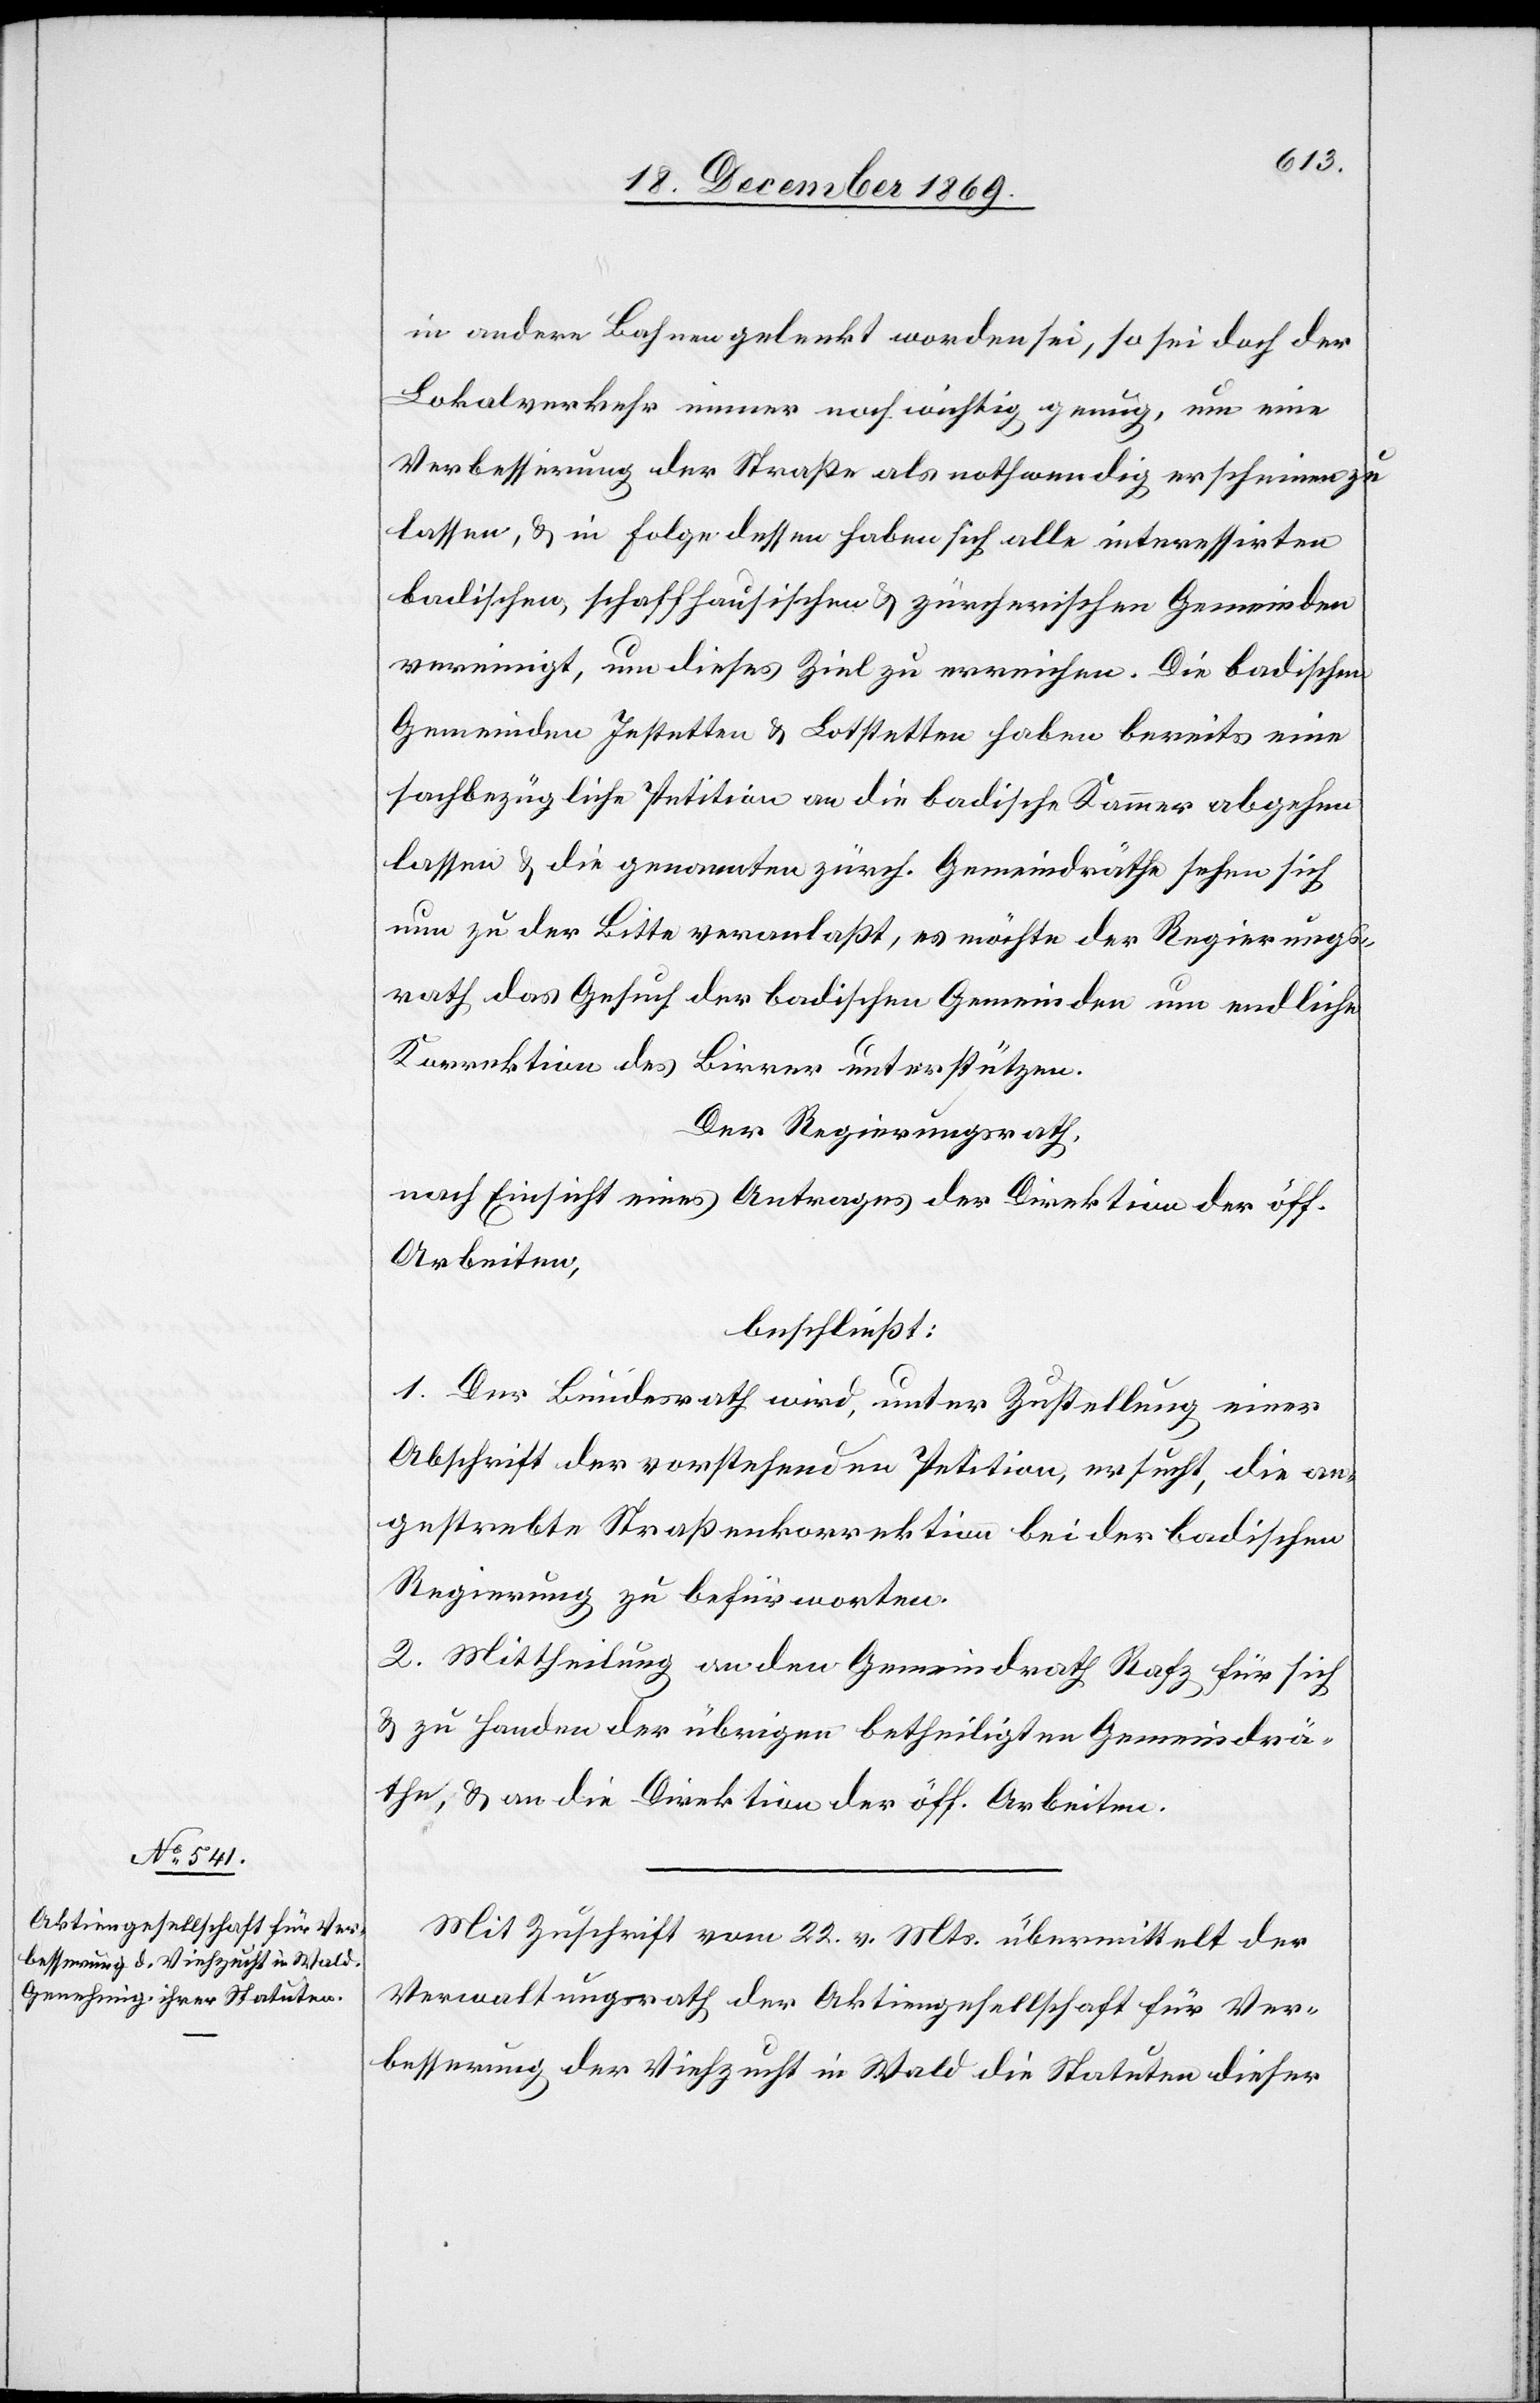
in andere Bahnen gelenkt worden sei, so sei doch der
Lokalverkehr immer noch wichtig genug, um eine
Verbesserung der Straße als nothwendig erscheinen zu
lassen, & in Folge dessen haben sich alle interessirten
badischen, schaffhausischen & zürcherischen Gemeinden
vereinigt, um dieses Ziel zu erreichen. Die badischen
Gemeinden Jestetten & Lotstetten haben bereits eine
sachbezügliche Petition an die badische Kammer abgehen
lassen & die genannten zürch. Gemeindräthe sehen sich
nun zu der Bitte veranlaßt, es möchte der Regierungs¬
rath das Gesuch der badischen Gemeinden um endliche
Korrektion des Birrer unterstützen.
Der Regierungsrath,
nach Einsicht eines Antrages der Direktion der öff.
Arbeiten,
beschließt:
1. Der Bundesrath wird, unter Zustellung einer
Abschrift der vorstehenden Petition, ersucht, die an¬
gestrebte Straßenkorrektion bei der badischen
Regierung zu befürworten.
2. Mittheilung an den Gemeindrath Rafz für sich
& zu Handen der übrigen betheiligten Gemeindrä¬
the, & an die Direktion der öff. Arbeiten.
Mit Zuschrift vom 22. v. Mts. übermittelt der
Verwaltungsrath der Aktiengesellschaft für Ver¬
besserung der Viehzucht in Wald die Statuten dieser